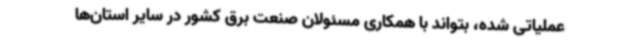
عملیاتی شده، بتواند با همکاری مسئولان صنعت برق کشور در سایر استان‌ها